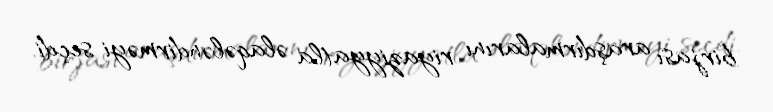
birjası araşdırmalarını riyaziyyatla əlaqələndirməyi seçdi.